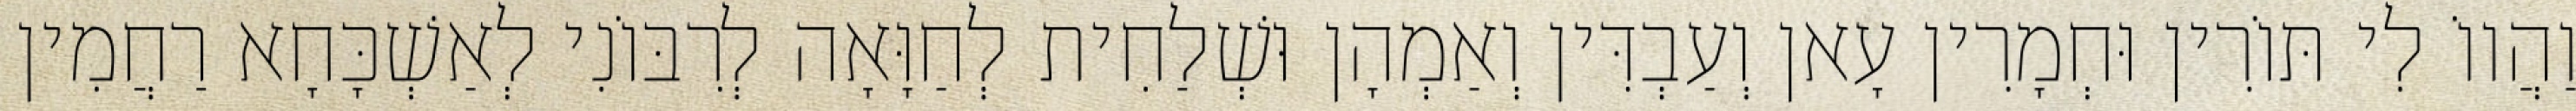
וַהֲווֹ לִי תּוֹרִין וּחְמָרִין עָאן וְעַבְדִּין וְאַמְהָן וּשְׁלַחִית לְחַוָּאָה לְרִבּוֹנִי לְאַשְׁכָּחָא רַחֲמִין